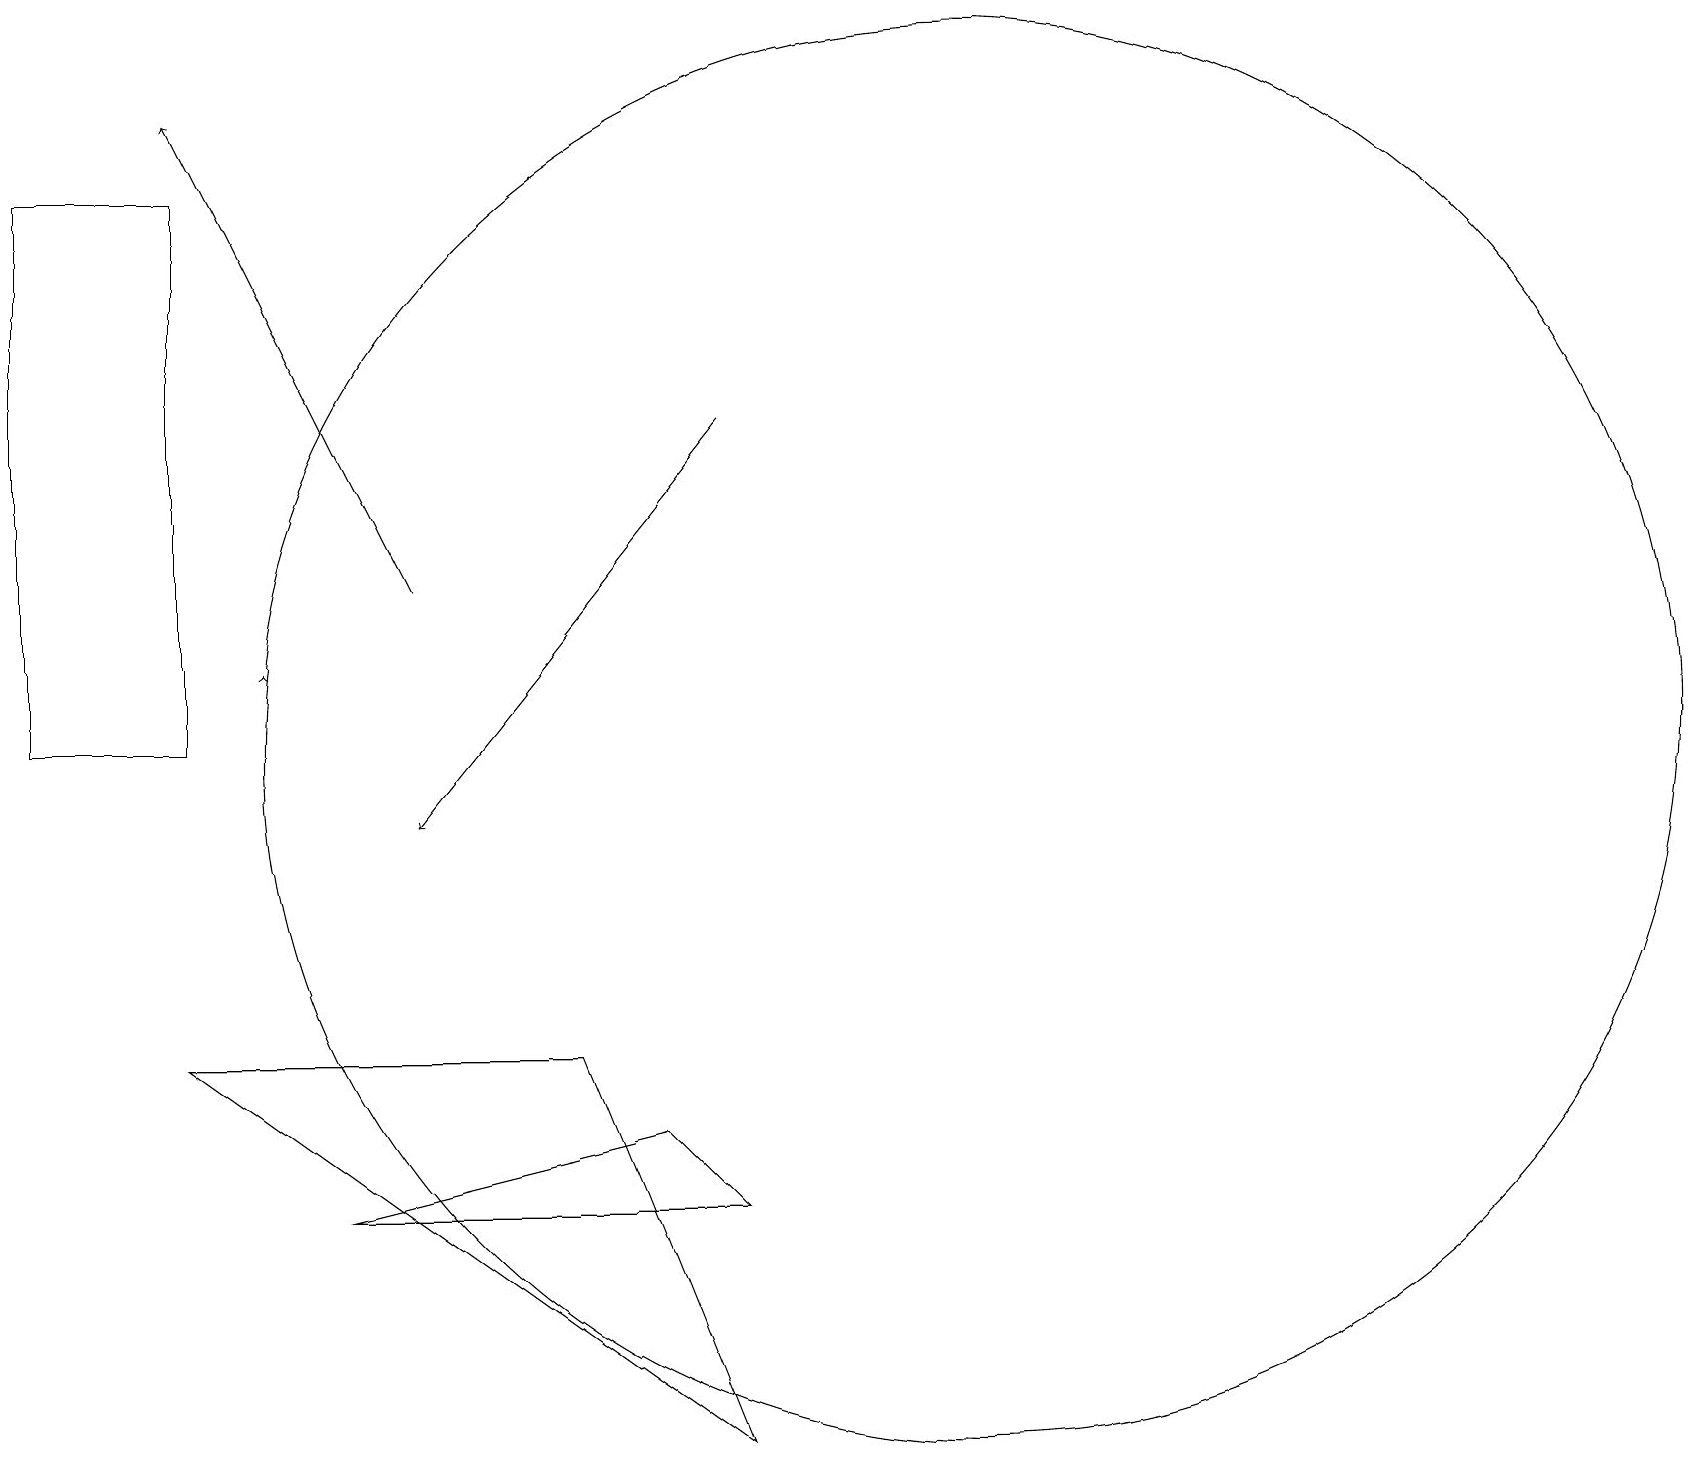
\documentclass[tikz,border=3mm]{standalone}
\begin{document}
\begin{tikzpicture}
\draw (12,11) circle (9);
\draw[->] (5,13) -- (2,19);
\draw (9,5) -- (8,6) -- (4,5) -- cycle;
\draw (9,2) -- (2,7) -- (7,7) -- cycle;
\draw[->] (9,15) -- (5,10);
\draw[->] (3,12) -- (3,12);
\draw (2,18) rectangle (0,11);
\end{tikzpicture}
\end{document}